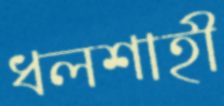
ধলশাহী